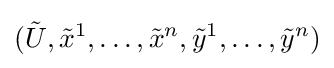
({\tilde {U}},{\tilde {x}}^{1},\ldots ,{\tilde {x}}^{n},{\tilde {y}}^{1},\ldots ,{\tilde {y}}^{n})